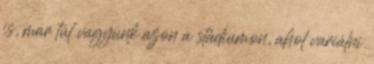
is, már túl vagyunk azon a stádiumon, ahol variálni